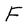
Character: F